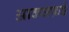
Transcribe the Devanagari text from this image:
आक्सफ़र्ड